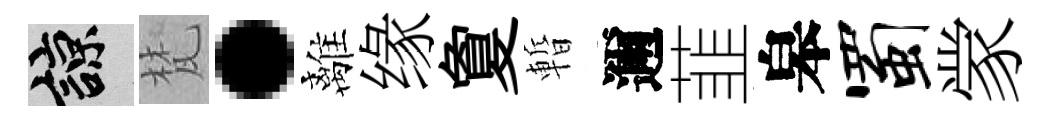
諒梵·離缘夐暫邇韮皋蜀䝉